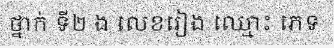
ថ្នាក់ ទី២ ង លេខរៀង ឈ្មោះ ភេទ